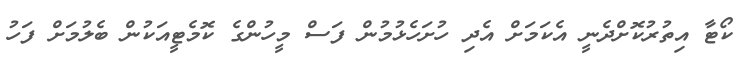
ކޯޓާ އިތުރުކޮށްދެނީ އެކަމަށް އެދި ހުށަހެޅުމުން ފަސް މީހުންގެ ކޮމެޓީއަކުން ބެލުމަށް ފަހު